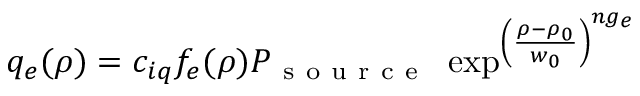
q _ { e } ( \rho ) = c _ { i q } f _ { e } ( \rho ) P _ { \mathrm { ~ s ~ o ~ u ~ r ~ c ~ e ~ } } \, \, \exp ^ { \left( \frac { \rho - \rho _ { 0 } } { w _ { 0 } } \right) ^ { n g _ { e } } }